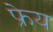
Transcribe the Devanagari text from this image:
फ्रेय